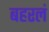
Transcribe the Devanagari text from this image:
बहरलं